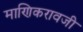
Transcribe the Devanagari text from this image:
माणिकरावजी